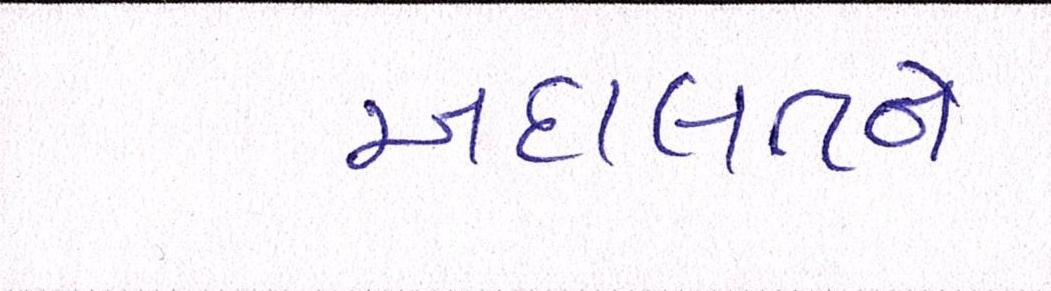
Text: અદાલતને